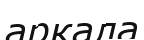
аркала